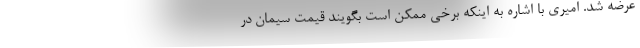
عرضه شد. امیری با اشاره به اینکه برخی ممکن است بگویند قیمت سیمان در